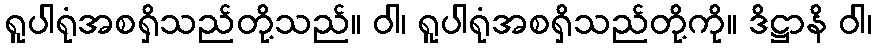
ရူပါရုံအစရှိသည်တို့သည်။ ဝါ၊ ရူပါရုံအစရှိသည်တို့ကို။ ဒိဋ္ဌာနိ ဝါ၊